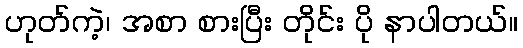
ဟုတ်ကဲ့၊ အစာ စားပြီး တိုင်း ပို နာပါတယ်။